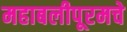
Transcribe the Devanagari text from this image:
महाबलीपूरमचे